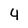
Character: 4